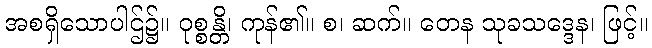
အစရှိသောပါဌ်၌။ ဝုစ္စန္တိ၊ ကုန်၏။ စ၊ ဆက်။ တေန သုခသဒ္ဒေန၊ ဖြင့်။